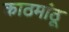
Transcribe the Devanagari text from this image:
काठमांठू